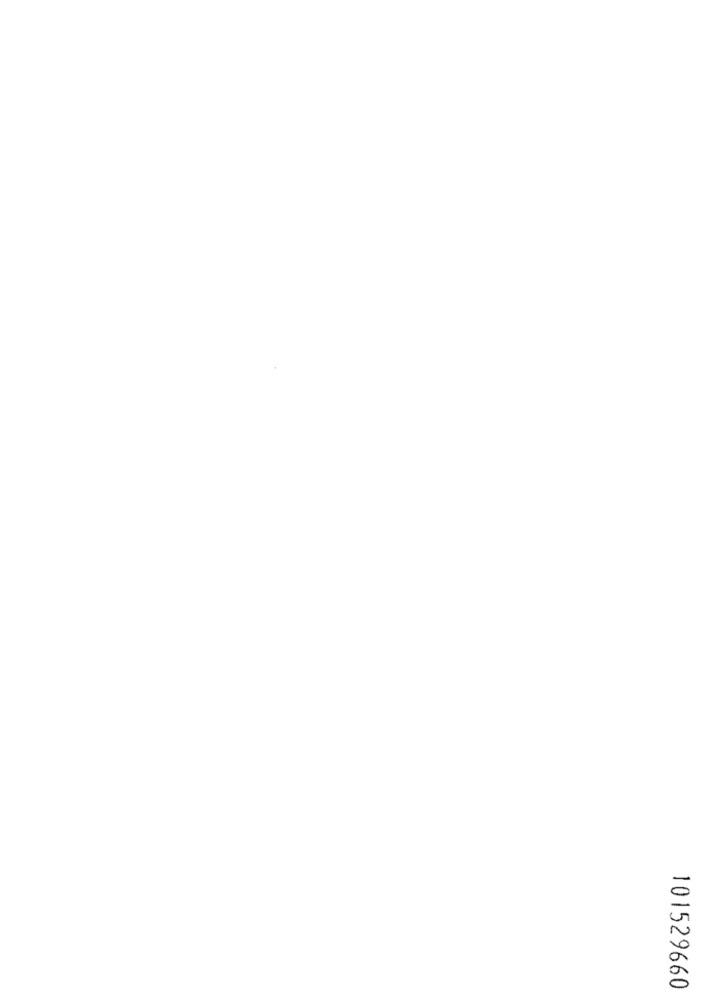
101529660